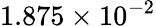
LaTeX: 1.875\times 10^{-2}